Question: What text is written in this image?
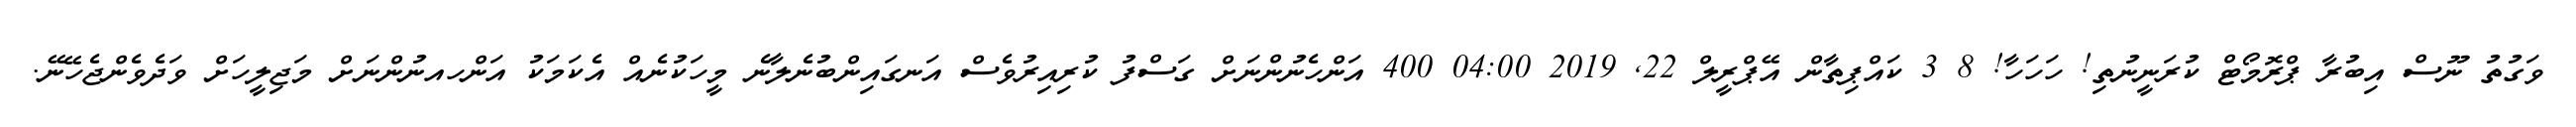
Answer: ވަގުތު ނޫސް އިބުރާ ޕްރޮމޯޓް ކުރަނީނުތި! ހަހަހާ! 8 3 ކައްޕިތާން އޭޕްރީލް 22, 2019 04:00 400 އަންހެނުންނަށް ގަސްފު ކުރިއިރުވެސް އަނގައިންބުނެލާނެ މީހަކުނެއް އެކަމަކު އަންހއނުންނަށް މަޖިލީހަށް ވަދެވެންޖެހޭނޭ.